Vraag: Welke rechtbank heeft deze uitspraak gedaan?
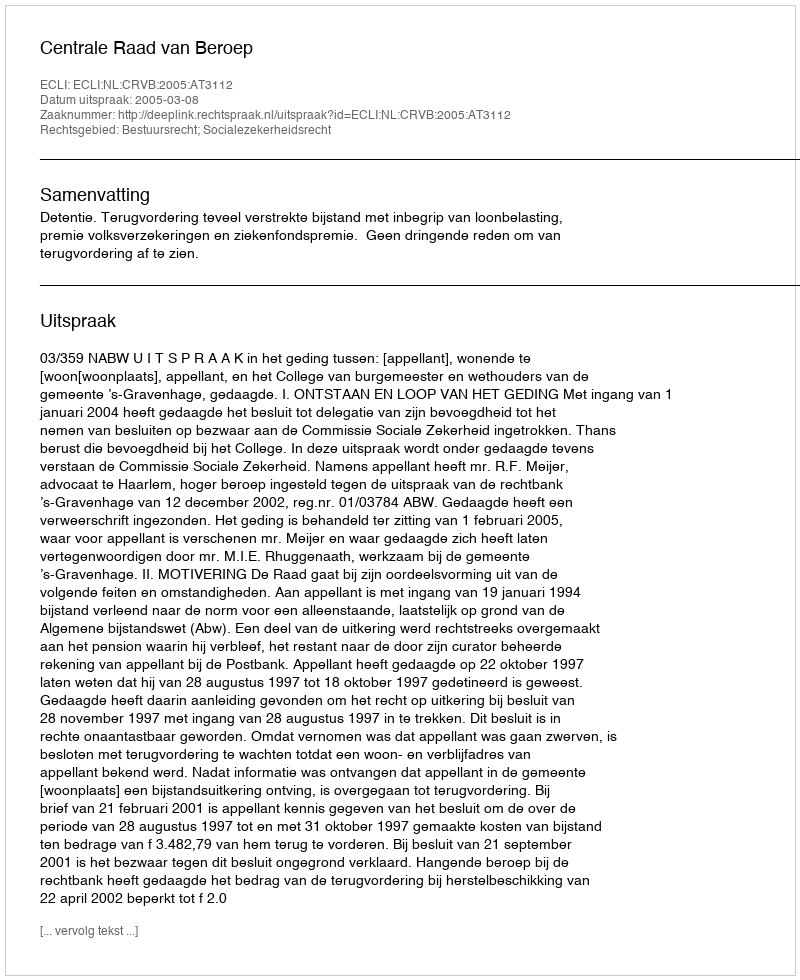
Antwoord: Centrale Raad van Beroep